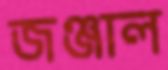
জঞ্জাল